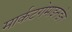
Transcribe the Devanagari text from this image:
मार्कटगेमाइनडेन